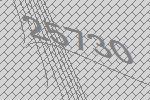
25730